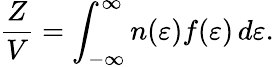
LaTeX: \frac{Z}{V}=\int_{-\infty}^{\infty}n(\varepsilon)f(\varepsilon)\, d\varepsilon.